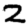
Digit: 2